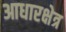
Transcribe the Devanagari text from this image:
आधारक्षेत्र